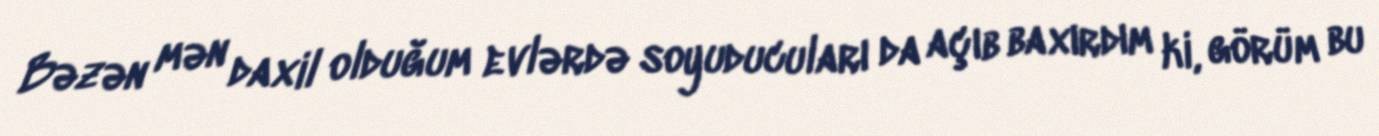
Bəzən mən daxil olduğum evlərdə soyuducuları da açıb baxırdım ki, görüm bu